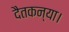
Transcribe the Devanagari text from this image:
दैतकन्या।